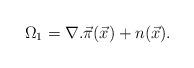
LaTeX: \begin{align*}\Omega_1 = \nabla . \vec \pi (\vec x) + n (\vec x).\end{align*}